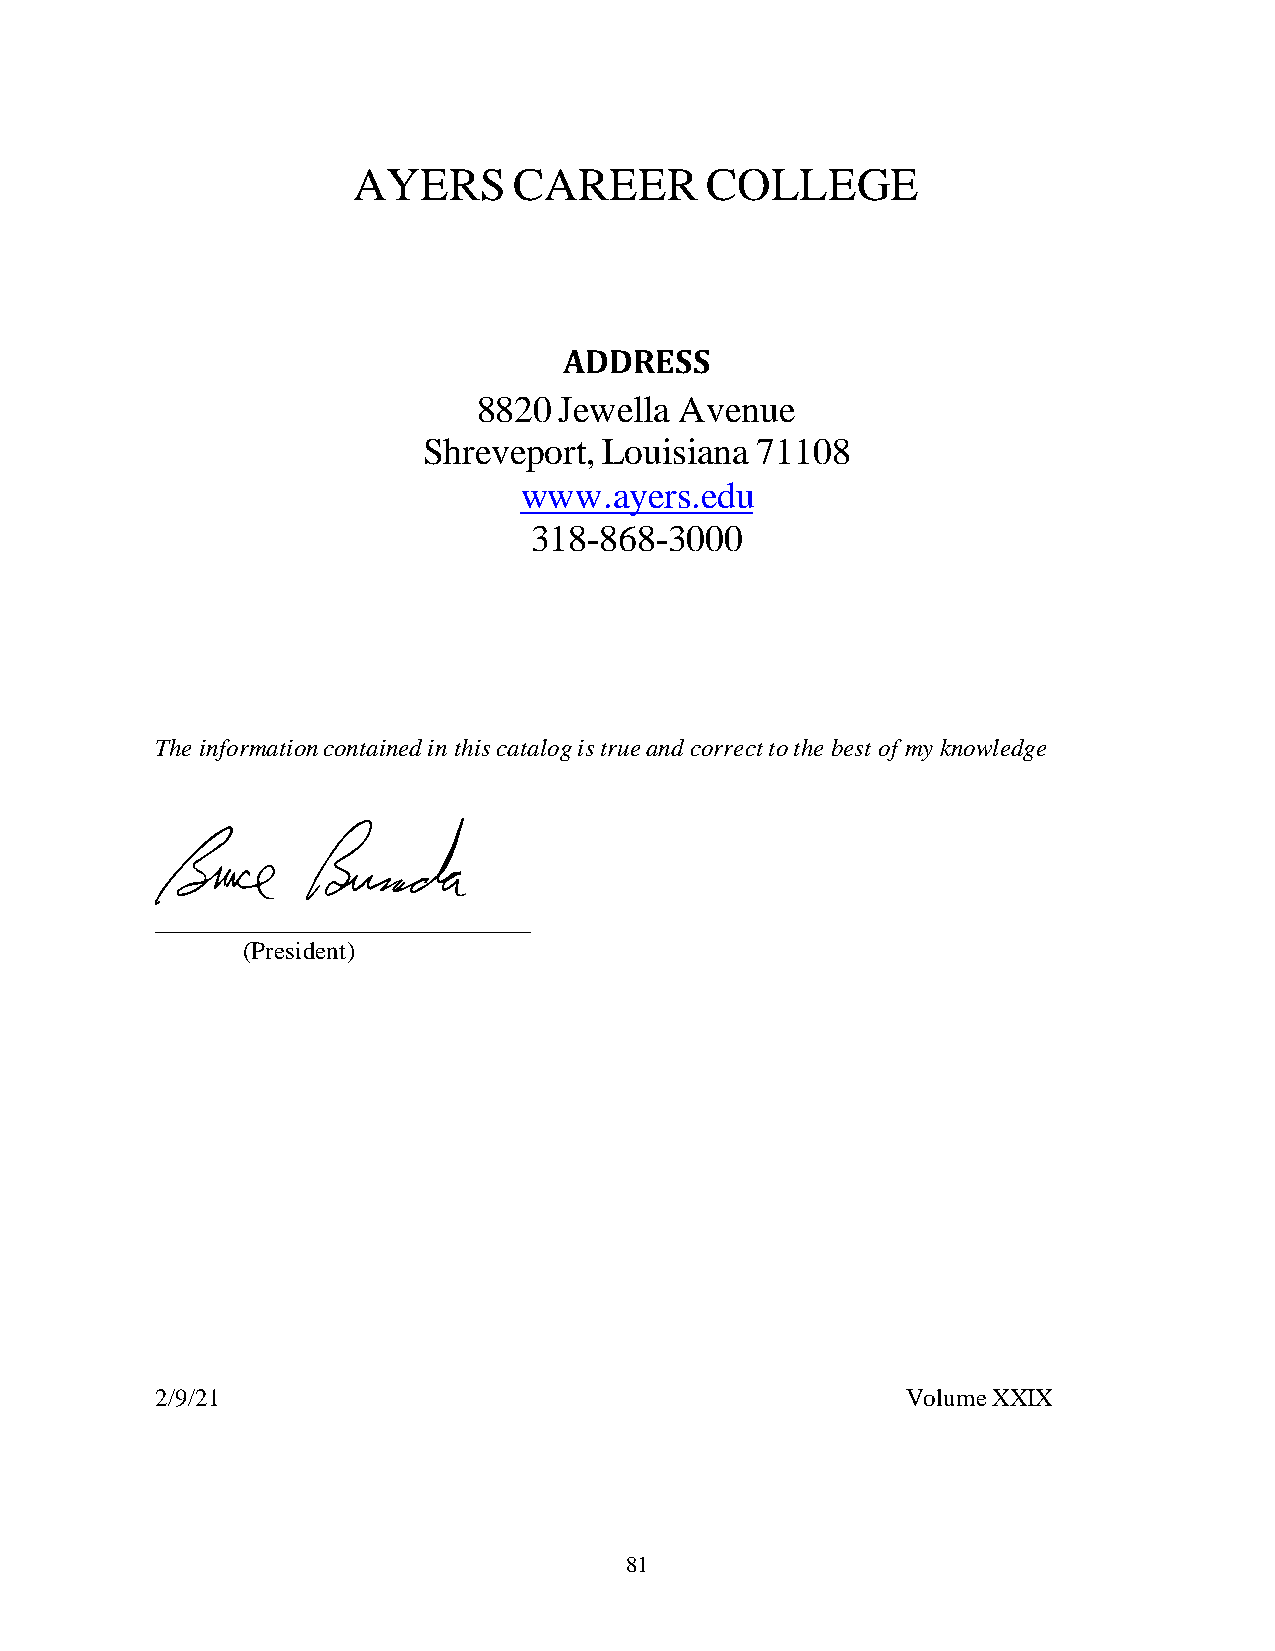
AYERS      CAREER       COLLEGE
 ADDRESS
 8820 Jewella Avenue
 Shreveport, Louisiana 71108
 www.ayers.edu
 318-868-3000
 The information contained in this catalog is true and correct to the best of my knowledge
 ______________________________
 (President)
 2/9/21                                            Volume XXIX
 81